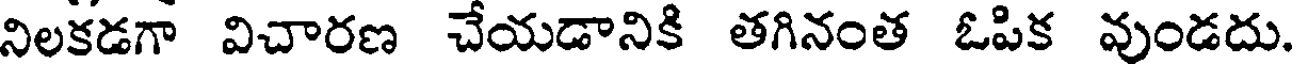
నిలకడగా విచారణ చేయడానికి తగినంత ఓపిక వుండదు.